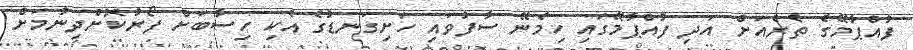
ފުއްޕާމޭގެ ތެރެއަށް އަދި ފުއްޕާމޭގައި ހިމެނޭ ސާފުވައި ހަށިގަނޑުގެ އެކި ހިސާބަށް ފޯރުކޮށްދިނުމަށް